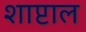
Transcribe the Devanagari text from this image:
शाप्टाल